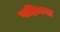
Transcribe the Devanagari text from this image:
पहिाल्या